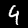
Label: 4